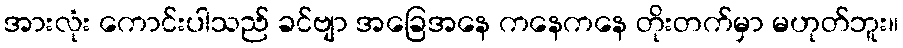
အားလုံး ကောင်းပါသည် ခင်ဗျာ အခြေအနေ ကနေကနေ တိုးတက်မှာ မဟုတ်ဘူး။